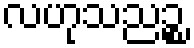
လဟုသညဉ္စ